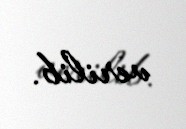
verilib.